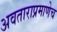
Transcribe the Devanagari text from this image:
अवताराप्रमाणेच